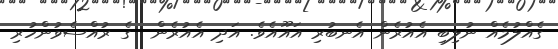
ގެއްލުމެއް ނުލިބި އެއުރެން އެނބުރި އައޫއެވެ. އަދި އެއުރެން  ގެ ރުއްސެވުންހުރި